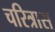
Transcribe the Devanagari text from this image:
चरित्रास